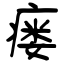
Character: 瘘